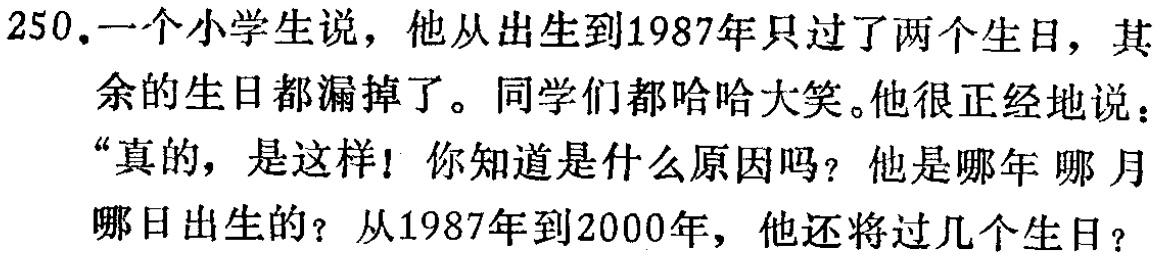
250.一个小学生说，他从出生到1987年只过了两个生日，其余的生日都漏掉了。同学们都哈哈大笑。他很正经地说：“真的，是这样！你知道是什么原因吗？他是哪年 哪 月哪日出生的？从1987年到2000年，他还将过几个生日？